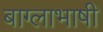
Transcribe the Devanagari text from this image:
बाग्लाभाषी